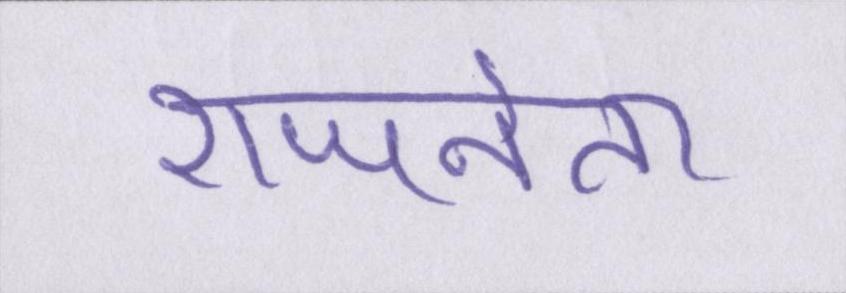
राजनेता